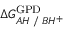
\Delta G _ { A H \; / \; B H ^ { + } } ^ { \mathrm { { G P D } } }